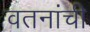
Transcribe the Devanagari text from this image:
वतनांची